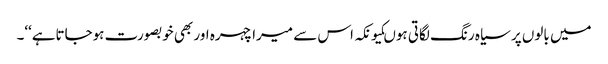
میں بالوں پر سیاہ رنگ لگاتی ہوںکیونکہ اس سے میرا چہرہ اور بھی خوبصورت ہوجاتاہے‘‘۔